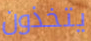
يتخذون